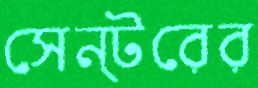
সেন্টরের